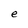
Character: e